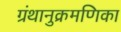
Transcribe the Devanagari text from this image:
ग्रंथानुक्रमणिका